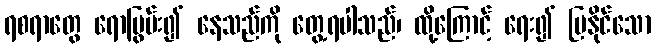
ရစရာတွေ ရောပြွမ်း၍ နေသည်ကို တွေ့ရပါသည်၊ ထို့ကြောင့် ရေး၍ ပြနိုင်သော